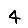
Digit: 4